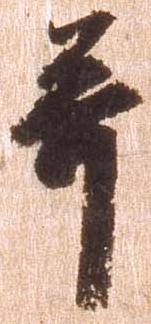
并